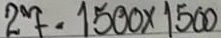
27 = 1500 x 1500